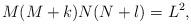
LaTeX: \begin{align*}M(M+k)N(N+l)=L^2,\end{align*}